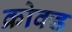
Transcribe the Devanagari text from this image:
क्रोक्ड